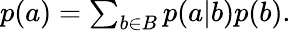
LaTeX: \begin{array}{r}{p(a)=\sum_{b\in B}p(a|b)p(b).}\end{array}